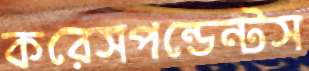
করেসপন্ডেন্টস